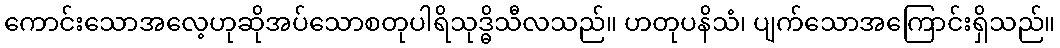
ကောင်းသောအလေ့ဟုဆိုအပ်သောစတုပါရိသုဒ္ဓိသီလသည်။ ဟတုပနိသံ၊ ပျက်သောအကြောင်းရှိသည်။